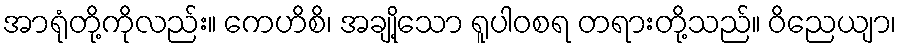
အာရုံတို့ကိုလည်း။ ကေဟိစိ၊ အချို့သော ရူပါဝစရ တရားတို့သည်။ ဝိညေယျာ၊